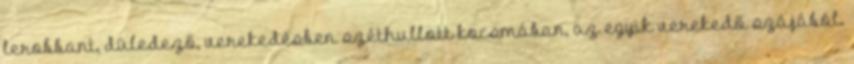
lerobbant, düledező, verekedésben széthullott kocsmában, az egyik verekedő szájából.